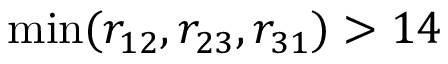
\operatorname* { m i n } ( r _ { 1 2 } , r _ { 2 3 } , r _ { 3 1 } ) > 1 4